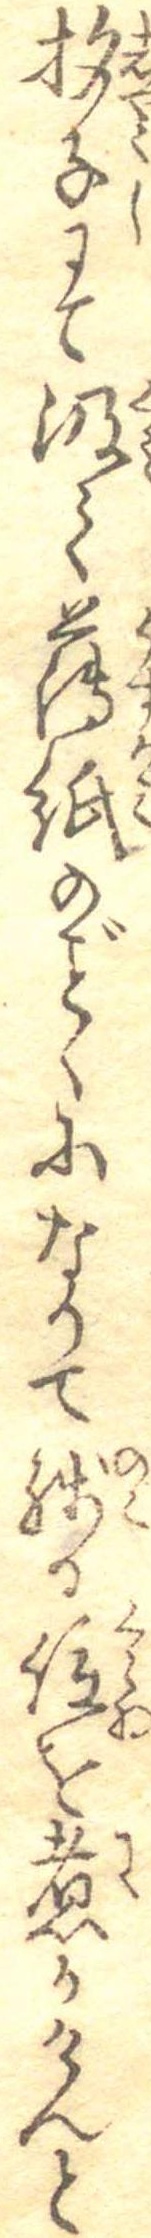
杓子にて汲て薄紙のくになりて残る位を煮かけんと